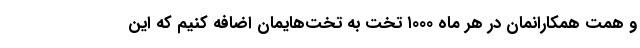
و همت همکارانمان در هر ماه ۱۰۰۰ تخت به تخت‌هایمان اضافه کنیم که این